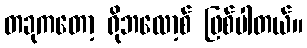
တခုကတော့ ရိုဘလော့စ် ဖြစ်ပါတယ်။